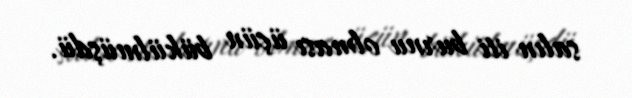
salın iti burnu olması üçün bükülmüşdü.